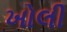
ખોલી